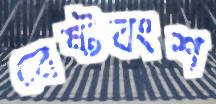
বেষ্টবংশ